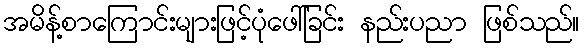
အမိန့်စာကြောင်းများဖြင့်ပုံဖေါ်ခြင်း နည်းပညာ ဖြစ်သည်။